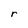
Character: r